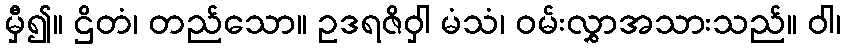
မှီ၍။ ဌိတံ၊ တည်သော။ ဥဒရဇိဝှါ မံသံ၊ ဝမ်းလွှာအသားသည်။ ဝါ၊